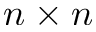
n \times n